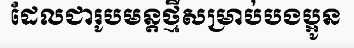
ដែលជារូបមន្តថ្មីសម្រាប់បងប្អូន